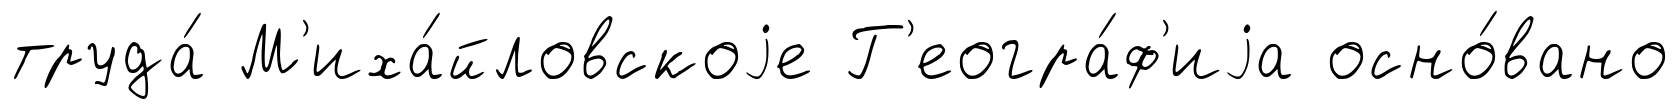
труда́ М'иха́йловскоjе Г'еогра́ф'иjа осно́вано